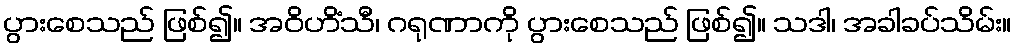
ပွားစေသည် ဖြစ်၍။ အဝိဟိံသီ၊ ဂရုဏာကို ပွားစေသည် ဖြစ်၍။ သဒါ၊ အခါခပ်သိမ်း။